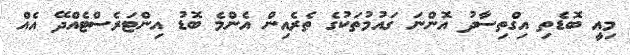
މިއީ ބޮޑެތި އިގްތިސާދު އޮންނަ ގައުމުތަކުގެ ތެރެއިން އެންމެ ބޮޑު އިންޓަރެސްޓެއްދޭ އެއް